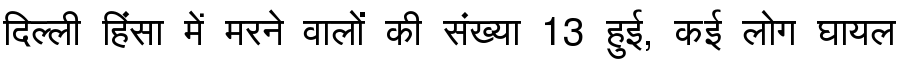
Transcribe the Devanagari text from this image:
दिल्ली हिंसा में मरने वालों की संख्या 13 हुई, कई लोग घायल